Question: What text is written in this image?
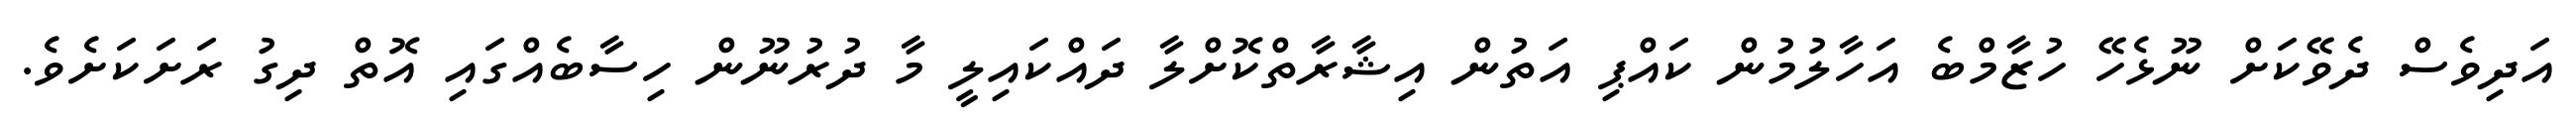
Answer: އަދިވެސް ދެވޭކަށް ނޫޅެހޭ ހުޒާމްބެ އަހާލުމުން ކައްޕި އަތުން އިޝާރާތްކޮށްލާ ދައްކައިލީ މާ ދުރުނޫން ހިސާބެއްގައި އޮތް ދިގު ރަށަކަށެވެ.